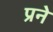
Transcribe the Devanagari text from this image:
प्रने